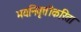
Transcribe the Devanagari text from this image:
भयनिवृत्तीकरिता